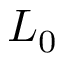
L _ { 0 }